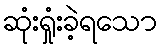
ဆုံးရှုံးခဲ့ရသော